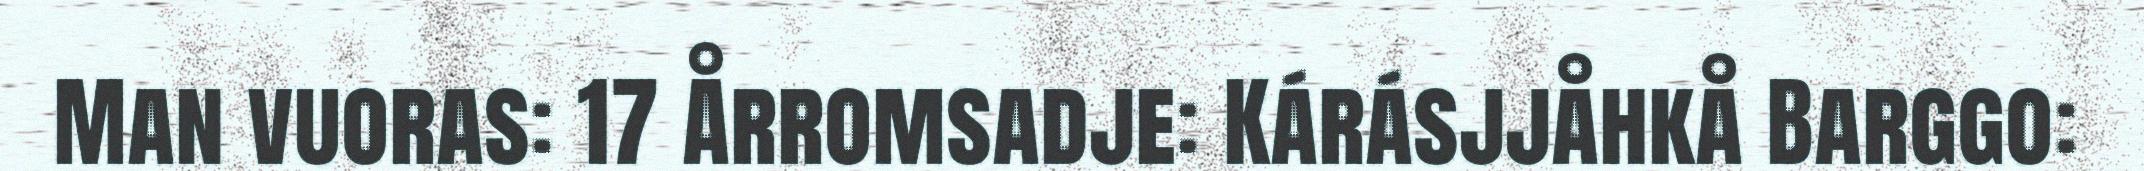
Man vuoras: 17 Årromsadje: Kárásjjåhkå Barggo: